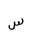
Letter: _sin